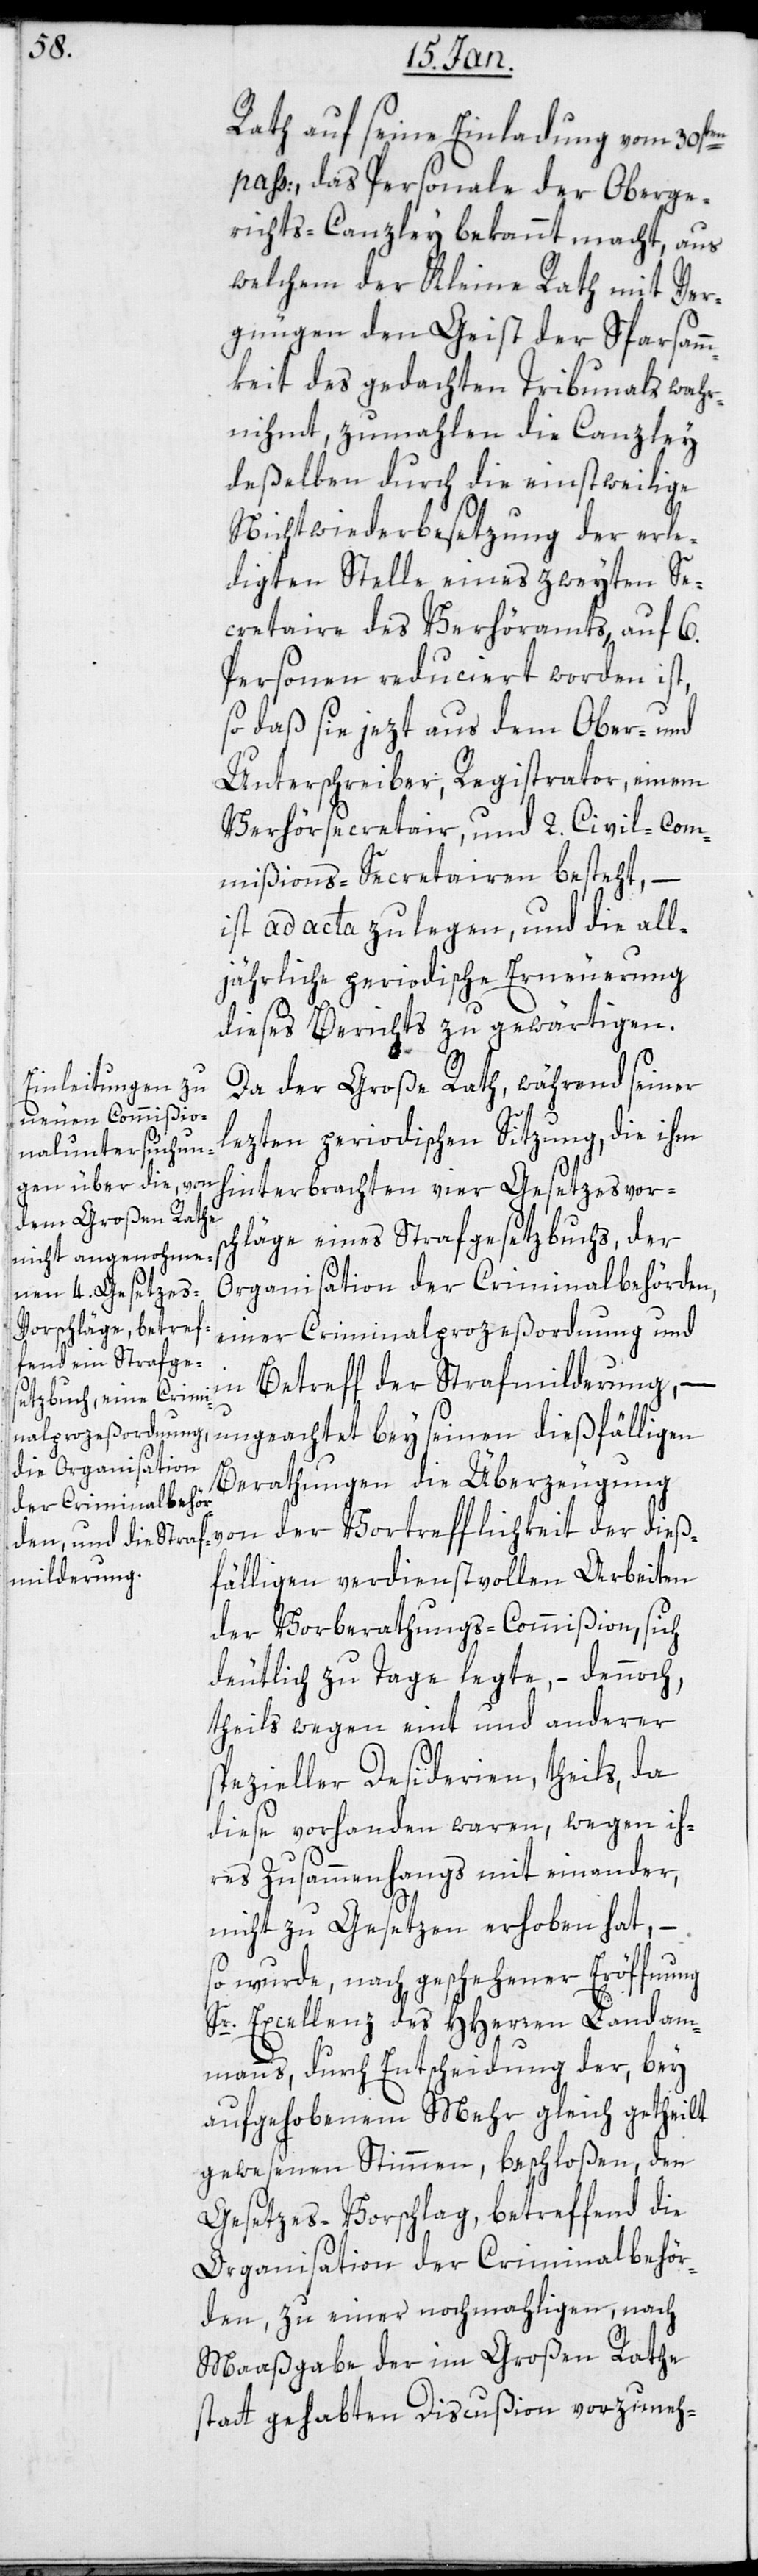
l¬

auf seine Einladung vom 30st¬
en pass:, das Personale der Oberge¬
richts-Canzley bekannt macht, aus
welchem der Kleine Rath mit Ver¬
gnügen den Geist der Sparsamm¬
keit des gedachten Tribunals wahr¬
nihmt, zumahlen die Canzley
deßelben durch die einstweilige
Nichtwiederbesetzung der erle¬
digten Stelle eines zweyten Se¬
cretaire des Verhöramts auf 6.
Personen reduciert worden ist,
so daß sie jetzt aus dem Ober- und
Unterschreiber, Registrator, einem
Verhörsecretair und 2. Civil-Com¬
mißions-Secretairen besteht, –
ist ad acta zu legen, und die all¬
jährliche periodische Erneuerung
dieses Berichts zu gewärtigen.
Da der Große Rath während seiner
etzten periodischen Sitzung, die ihm
hinterbrachten vier Gesetzesvors¬
chläge eines Strafgesetzbuchs, der
Organisation der Criminalbehörden,
einer Criminalprozeßordnung und
in Betreff der Strafmilderung, –
ungeachtet bey seinen dießfälligen
Berathungen die Überzeugung
von der Vortrefflichkeit der dieß¬
fälligen verdienstvollen Arbeiten
der Vorberathungs-Commißion, sich
deutlich zu Tage legte, – dennoch,
theils wegen eint und anderer
spezieller Desiderien, theils da
diese vorhanden waren, wegen ih¬
res Zusammenhangs miteinander,
nicht zu Gesetzen erhoben hat,
so wurde, nach geschehener Eröffnung
Sr. Excellenz des HHerren Landam¬
manns, durch Entscheidung der bey
aufgehobenem Mehr gleich getheilt
gewesenen Stimmen, beschloßen, den
Gesetzesvorschlag betreffend die
Organisation der Criminalbehör¬
den, zu einer nochmaligen, nach
Maaßgabe der im Großen Rathe
statt gehabten Discußion vorzuneh-